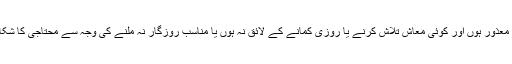
اسلام کا حکم ہے کہ معاشرے کے وہ افراد جو مسکین اور نادار ہوں ، یا کسی عذر کی وجہ سے معذور ہوں اور کوئی معاش تلاش کرنے یا روزی کمانے کے لائق نہ ہوں یا مناسب روزگار نہ ملنے کی وجہ سے محتاجی کا شکار ہوں تو ایسے ضرورت مند افراد کی معاشی کفالت حکومت کی اولین ذمہ داریوں میں سے ہے۔